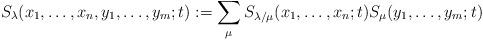
LaTeX: \begin{align*}S_{\lambda}(x_1,\dots,x_n,y_1,\dots,y_m;t):=\sum_{\mu}S_{\lambda/\mu}(x_1,\dots,x_n;t)S_{\mu}(y_1,\dots,y_m;t)\end{align*}